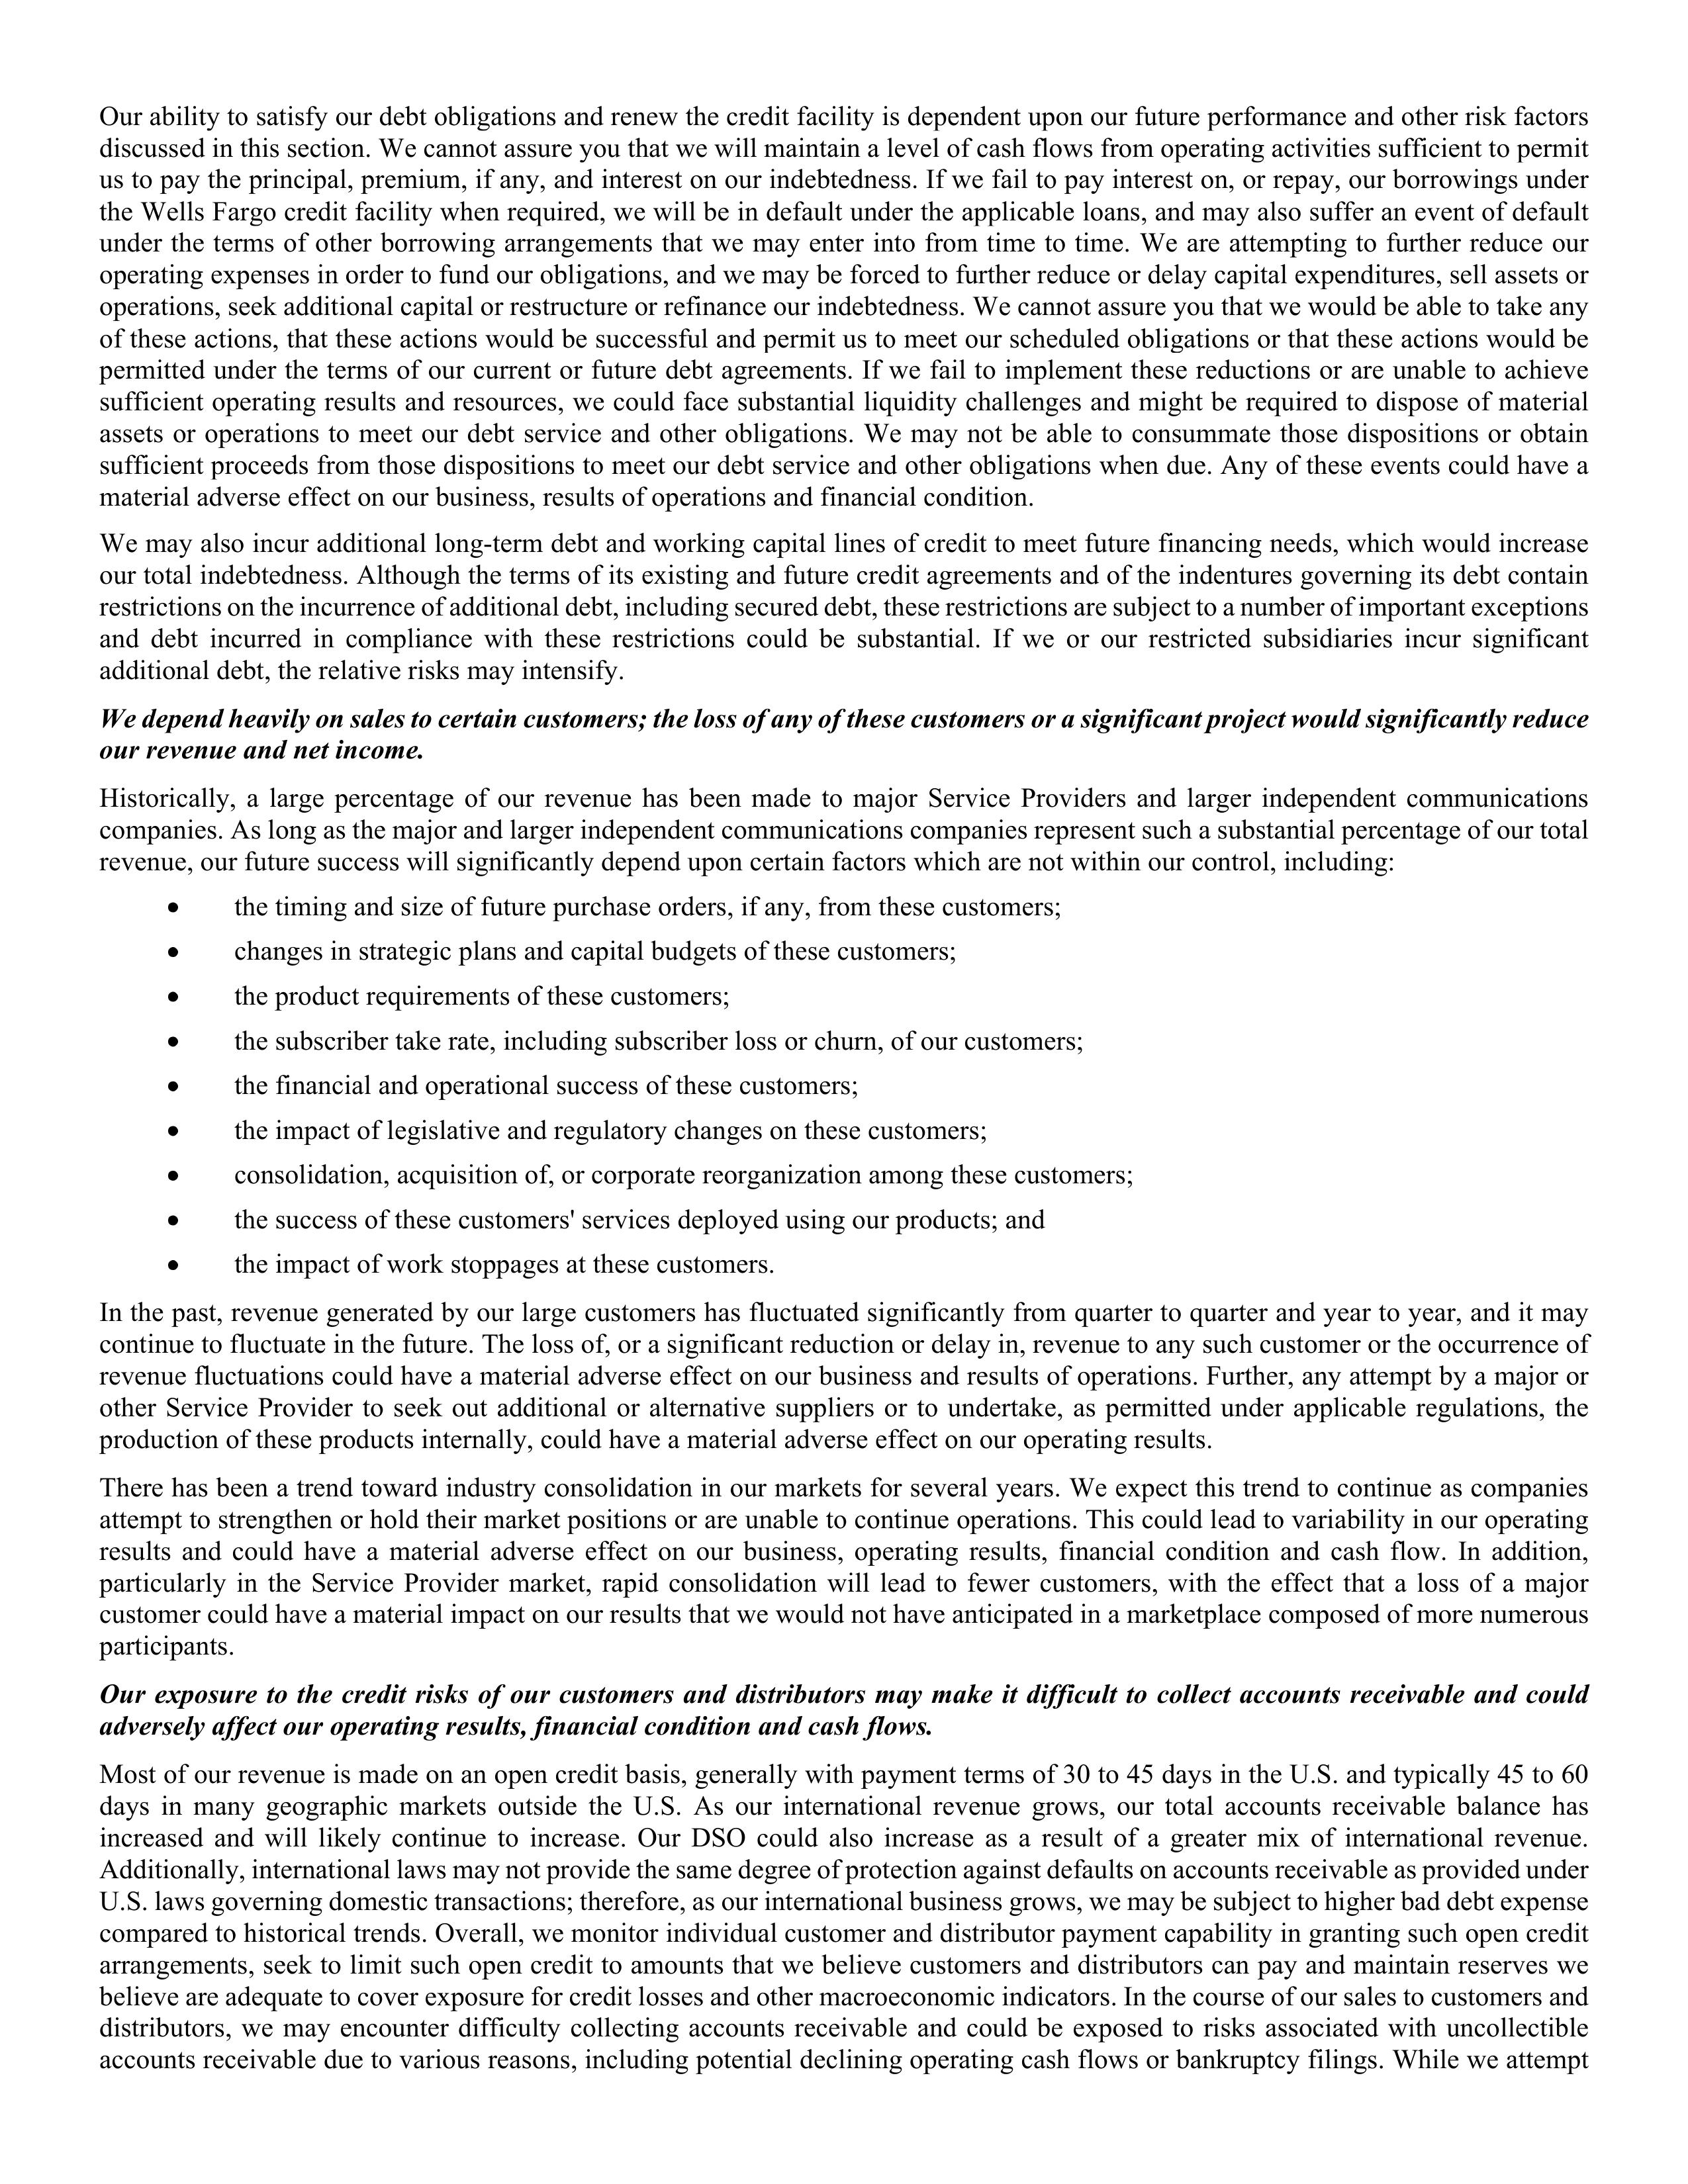
Our ability to satisfy our debt obligations and renew the credit facility is dependent upon our future performance and other risk factors
discussed in this section. We cannot assure you that we will maintain a level of cash flows from operating activities sufficient to permit
us to pay the principal, premium, if any, and interest on our indebtedness. If we fail to pay interest on, or repay, our borrowings under
the Wells Fargo credit facility when required, we will be in default under the applicable loans, and may also suffer an event of default
under the terms of other borrowing arrangements that we may enter into from time to time. We are attempting to further reduce our
operating expenses in order to fund our obligations, and we may be forced to further reduce or delay capital expenditures, sell assets or
operations, seek additional capital or restructure or refinance our indebtedness. We cannot assure you that we would be able to take any
of these actions, that these actions would be successful and permit us to meet our scheduled obligations or that these actions would be
permitted under the terms of our current or future debt agreements. If we fail to implement these reductions or are unable to achieve
sufficient operating results and resources, we could face substantial liquidity challenges and might be required to dispose of material
assets or operations to meet our debt service and other obligations. We may not be able to consummate those dispositions or obtain
sufficient proceeds from those dispositions to meet our debt service and other obligations when due. Any of these events could have a
material adverse effect on our business, results of operations and financial condition.

We may also incur additional long-term debt and working capital lines of credit to meet future financing needs, which would increase
our total indebtedness. Although the terms of its existing and future credit agreements and of the indentures governing its debt contain
restrictions on the incurrence of additional debt, including secured debt, these restrictions are subject to a number of important exceptions
and debt incurred in compliance with these restrictions could be substantial. If we or our restricted subsidiaries incur significant
additional debt, the relative risks may intensify.

We depend heavily on sales to certain customers; the loss of any of these customers or a significant project would significantly reduce
our revenue and net income.

Historically, a large percentage of our revenue has been made to major Service Providers and larger independent communications
companies. As long as the major and larger independent communications companies represent such a substantial percentage of our total
revenue, our future success will significantly depend upon certain factors which are not within our control, including:

•        the timing and size of future purchase orders, if any, from these customers;
•        changes in strategic plans and capital budgets of these customers;
•        the product requirements of these customers;
•        the subscriber take rate, including subscriber loss or churn, of our customers;
•        the financial and operational success of these customers;
•        the impact of legislative and regulatory changes on these customers;
•        consolidation, acquisition of, or corporate reorganization among these customers;
•        the success of these customers’ services deployed using our products; and
•        the impact of work stoppages at these customers.

In the past, revenue generated by our large customers has fluctuated significantly from quarter to quarter and year to year, and it may
continue to fluctuate in the future. The loss of, or a significant reduction or delay in, revenue to any such customer or the occurrence of
revenue fluctuations could have a material adverse effect on our business and results of operations. Further, any attempt by a major or
other Service Provider to seek out additional or alternative suppliers or to undertake, as permitted under applicable regulations, the
production of these products internally, could have a material adverse effect on our operating results.

There has been a trend toward industry consolidation in our markets for several years. We expect this trend to continue as companies
attempt to strengthen or hold their market positions or are unable to continue operations. This could lead to variability in our operating
results and could have a material adverse effect on our business, operating results, financial condition and cash flow. In addition,
particularly in the Service Provider market, rapid consolidation will lead to fewer customers, with the effect that a loss of a major
customer could have a material impact on our results that we would not have anticipated in a marketplace composed of more numerous
participants.

Our exposure to the credit risks of our customers and distributors may make it difficult to collect accounts receivable and could
adversely affect our operating results, financial condition and cash flows.

Most of our revenue is made on an open credit basis, generally with payment terms of 30 to 45 days in the U.S. and typically 45 to 60
days in many geographic markets outside the U.S. As our international revenue grows, our total accounts receivable balance has
increased and will likely continue to increase. Our DSO could also increase as a result of a greater mix of international revenue.
Additionally, international laws may not provide the same degree of protection against defaults on accounts receivable as provided under
U.S. laws governing domestic transactions; therefore, as our international business grows, we may be subject to higher bad debt expense
compared to historical trends. Overall, we monitor individual customer and distributor payment capability in granting such open credit
arrangements, seek to limit such open credit to amounts that we believe customers and distributors can pay and maintain reserves we
believe are adequate to cover exposure for credit losses and other macroeconomic indicators. In the course of our sales to customers and
distributors, we may encounter difficulty collecting accounts receivable and could be exposed to risks associated with uncollectible
accounts receivable due to various reasons, including potential declining operating cash flows or bankruptcy filings. While we attempt